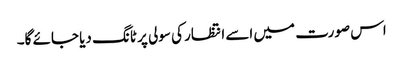
اس صورت میں اسے انتظار کی سولی پر ٹانگ دیا جائے گا۔